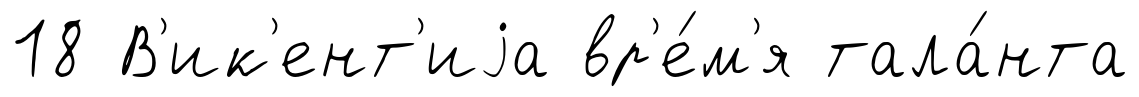
18 В'ик'ент'иjа вр'е́м'я тала́нта